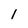
Character: 1